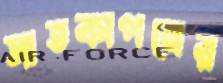
সাতকাপনের